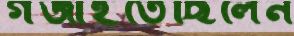
গজাইতেছিলেন